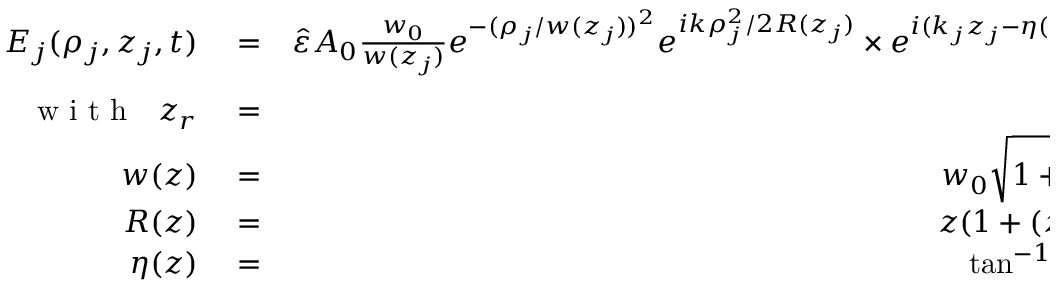
\begin{array} { r l r } { E _ { j } ( \rho _ { j } , z _ { j } , t ) } & { { } = } & { \hat { \varepsilon } A _ { 0 } \frac { w _ { 0 } } { w ( z _ { j } ) } e ^ { - ( \rho _ { j } / w ( z _ { j } ) ) ^ { 2 } } e ^ { i k \rho _ { j } ^ { 2 } / 2 R ( z _ { j } ) } \times e ^ { i ( k _ { j } z _ { j } - \eta ( z _ { j } ) + \varphi _ { j } ) } } \\ { \mathrm { ~ w ~ i ~ t ~ h ~ } ~ ~ z _ { r } } & { { } = } & { \frac { \pi w _ { 0 } ^ { 2 } } { \lambda } } \\ { w ( z ) } & { { } = } & { w _ { 0 } \sqrt { 1 + \left( \frac { z } { z _ { r } } \right) ^ { 2 } } } \\ { R ( z ) } & { { } = } & { z ( 1 + ( z _ { r } / z ) ^ { 2 } ) } \\ { \eta ( z ) } & { { } = } & { \tan ^ { - 1 } ( z / z _ { r } ) , } \end{array}